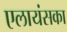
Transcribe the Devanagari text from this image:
एलायंसका